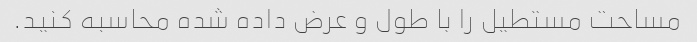
مساحت مستطیل را با طول و عرض داده شده محاسبه کنید.